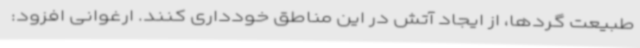
طبیعت گردها، از ایجاد آتش در این مناطق خودداری کنند. ارغوانی افزود: